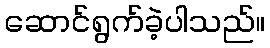
ဆောင်ရွက်ခဲ့ပါသည်။